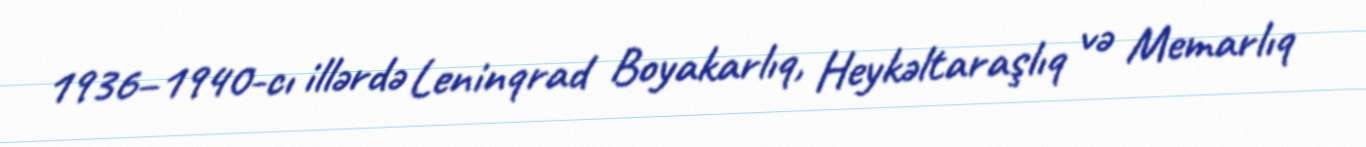
1936–1940-cı illərdə Leninqrad Boyakarlıq, Heykəltaraşlıq və Memarlıq